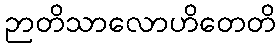
ဉာတိသာလောဟိတေတိ